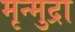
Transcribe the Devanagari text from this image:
मृन्मुद्रा